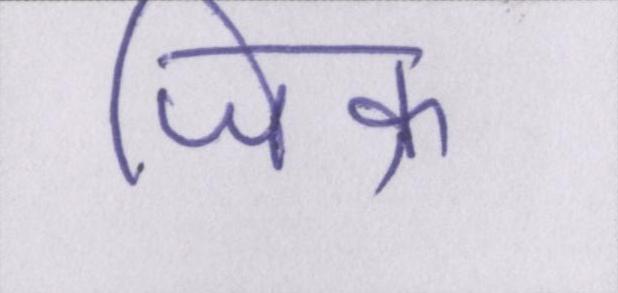
जिक्र